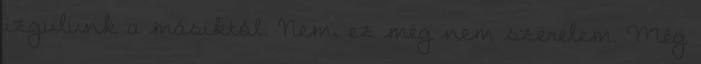
izgulunk a másiktól. Nem, ez még nem szerelem. Még